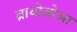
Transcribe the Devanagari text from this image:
ब्रायोजोआ